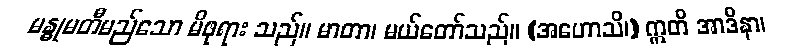
မန္ဓုမတီမည်သော မိဖုရား သည်။ မာတာ၊ မယ်တော်သည်။ (အဟောသိ၊) ဣတိ အာဒိနာ၊